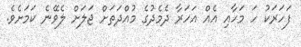
ފަހަރަކު ހަ މަހާއި އެއް އަހަރާ ދެމެދުގެ މުއްދަތަށް ޖަލަށް ލެވޭނެ ކަމަށެވެ.